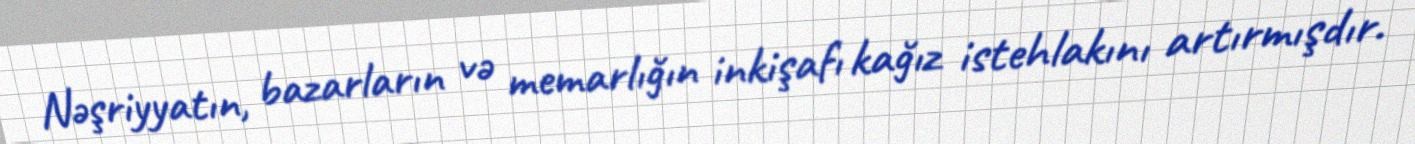
Nəşriyyatın, bazarların və memarlığın inkişafı kağız istehlakını artırmışdır.